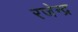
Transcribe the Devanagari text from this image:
रजेन्द्र